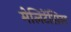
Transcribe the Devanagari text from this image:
मेलिटेंसिस